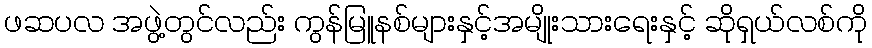
ဖဆပလ အဖွဲ့တွင်လည်း ကွန်မြူနစ်များနှင့်အမျိုးသားရေးနှင့် ဆိုရှယ်လစ်ကို